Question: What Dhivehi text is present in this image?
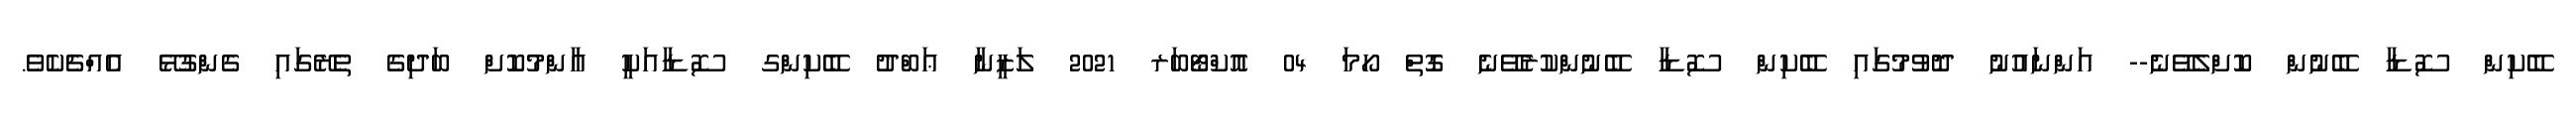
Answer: ބޭކިން ސޮޑާ ބޭނުން ކޮށްލެވޭނެ-- އަންނައުނު ދޮވުމުގައި ބޭކިން ސޮޑާ ބޭނުންކުރެވޭނެ ގޮތް ހޯމަ 04 އޮކްޓޯބަރ 2021 ލަޒީނާ ޢަބްދު ބޭކިންގ ސޮޑާއަކީ އާންމުކޮށް ބަދިގެ ތެރޭގައި ގެންގުޅޭ އެއްޗެކެވެ.